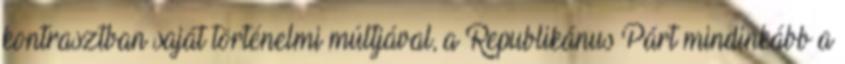
kontrasztban saját történelmi múltjával, a Republikánus Párt mindinkább a